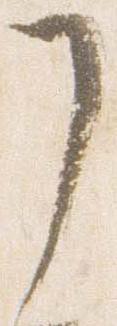
了